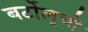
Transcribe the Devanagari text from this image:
बर्टोलूची